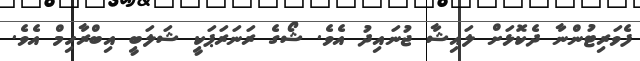
ފެވަރިޓުންނާ ދެކޮޅަށް ލައިޝާ ޖުނައިދު އެވެ. ޝޯގެ ރަނަރަޕަކީ ޝަލަބީ އިބްރާހިމް އެވެ.